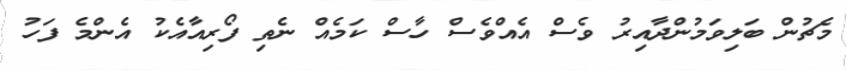
މެޗުން ބަލިވަމުންދާއިރު ވެސް އެއްވެސް ހާސް ކަމެއް ނެތި ފޯރިއާއެކު އެންމެ ފަހު